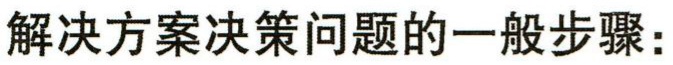
解决方案决策问题的一般步骤：